Senior Leaving Certificate Examination (including Day School Certificate (Higher) General paper), 1947
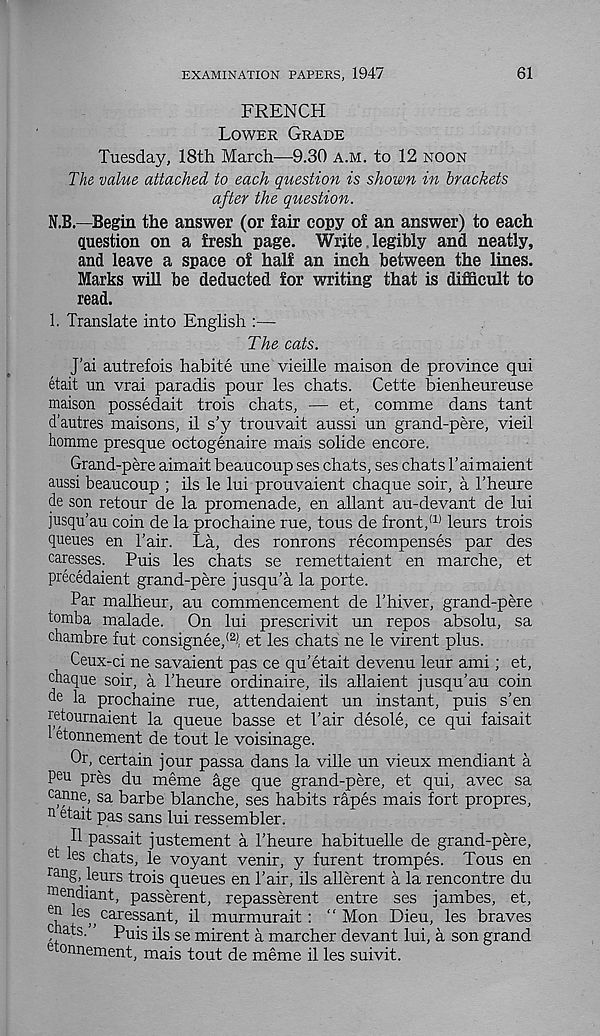
EXAMINATION PAPERS, 1947
61
FRENCH
Lower Grade
Tuesday, 18th March—9.30 a.m. to 12 noon
The value attached to each question is shown in brackets
after the question.
N.B.—Begin the answer (or fair copy of an answer) to each
question on a fresh page. Write legibly and neatly,
and leave a space of half an inch between the lines.
Marks will be deducted for writing that is difficult to
read.
1. Translate into English :—
The cats.
J’ai autrefois habite une vieille maison de province qui
etait un vrai paradis pour les chats. Cette bienheureuse
maison possedait trois chats, — et, comme dans tant
d’autres maisons, il s'y trouvait aussi un grand-pere, vieil
homme presque octogenaire mais solide encore.
Grand-pere aimait beaucoup ses chats, ses chats 1’aimaient
aussi beaucoup ; ils le lui prouvaient chaque soir, a 1’heure
de son retour de la promenade, en allant au-devant de lui
jusqu’au coin de la prochaine rue, tous de front/ 11 leurs trois
queues en I’air. La, des ronrons recompenses par des
caresses. Puis les chats se remettaient en marche, et
precedaient grand-pere jusqu’a la porte.
Par malheur, au commencement de I’hiver, grand-pere
tomba malade.
On lui prescrivit un repos absolu, sa
chambre fut consignee/ 2 ! et les chats ne le virent plus.
Ceux-ci ne savaient pas ce qu'etait devenu leur ami; et,
chaque soir, a 1’heure ordinaire, ils allaient jusqu’au coin
de la prochaine rue, attendaient un instant, puis s’en
retournaient la queue basse et Pair desole, ce qui faisait
1 etonnement de tout le voisinage.
Or, certain jour passa dans la ville un vieux mendiant a
peu pres du meme age que grand-pere, et qui, avec sa
c M.ne, sa barbe blanche, ses habits rapes mais fort propres,
n etait pas sans lui ressembler.
II passait justement a 1’heure habituelle de grand-pere,
et les chats, le voyant venir, y furent trompes. Tous en
ra ng, leurs trois queues en Pair, ils allerent a la rencontre du
m endiant, passerent, repasserent entre ses jambes, et,
®
caressant, il murmurait : “Mon Dieu, les braves
cnats. ’ p u i s q s se m irent a marcher devant lui, a son grand
e °nnement, mais tout de meme il les suivit.